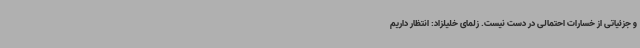
و جزئیاتی از خسارات احتمالی در دست نیست. زلمای خلیلزاد: انتظار داریم